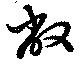
敝